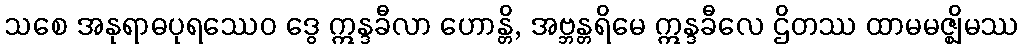
သစေ အနုရာဓပုရဿေဝ ဒွေ ဣန္ဒခီလာ ဟောန္တိ, အဗ္ဘန္တရိမေ ဣန္ဒခီလေ ဌိတဿ ထာမမဇ္ဈိမဿ